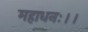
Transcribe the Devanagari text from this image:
महाधनः।।